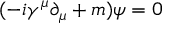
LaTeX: ( - i \gamma ^ { \mu } \partial _ { \mu } + m ) \psi = 0